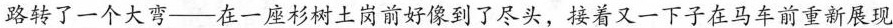
路转了一个大弯——在一座杉树土岗前好像到了尽头，接着又一下子在马车前重新展现